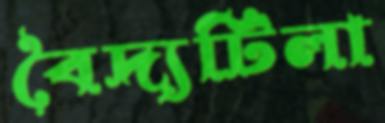
বৈদ্যটিলা